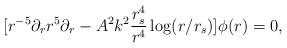
LaTeX: \begin{align*}[r^{-5}\partial_r r^5\partial_r -A^2k^2{r_s^4 \over r^4}\log (r/r_s)]\phi(r)=0,\end{align*}